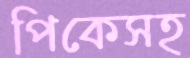
পিকেসহ